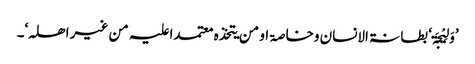
’وَلِیْجَۃ‘ بطانۃ الانسان وخاصۃ او من یتخذہ معتمدا علیہ من غیر اھلہ‘۔